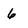
Character: 6